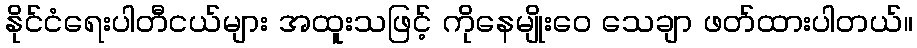
နိုင်ငံရေးပါတီငယ်များ အထူးသဖြင့် ကိုနေမျိုးဝေ သေချာ ဖတ်ထားပါတယ်။